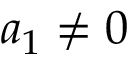
a _ { 1 } \neq 0